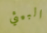
البيئي